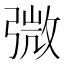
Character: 𢐍